Emmaste_vallavalitsus, lk 5
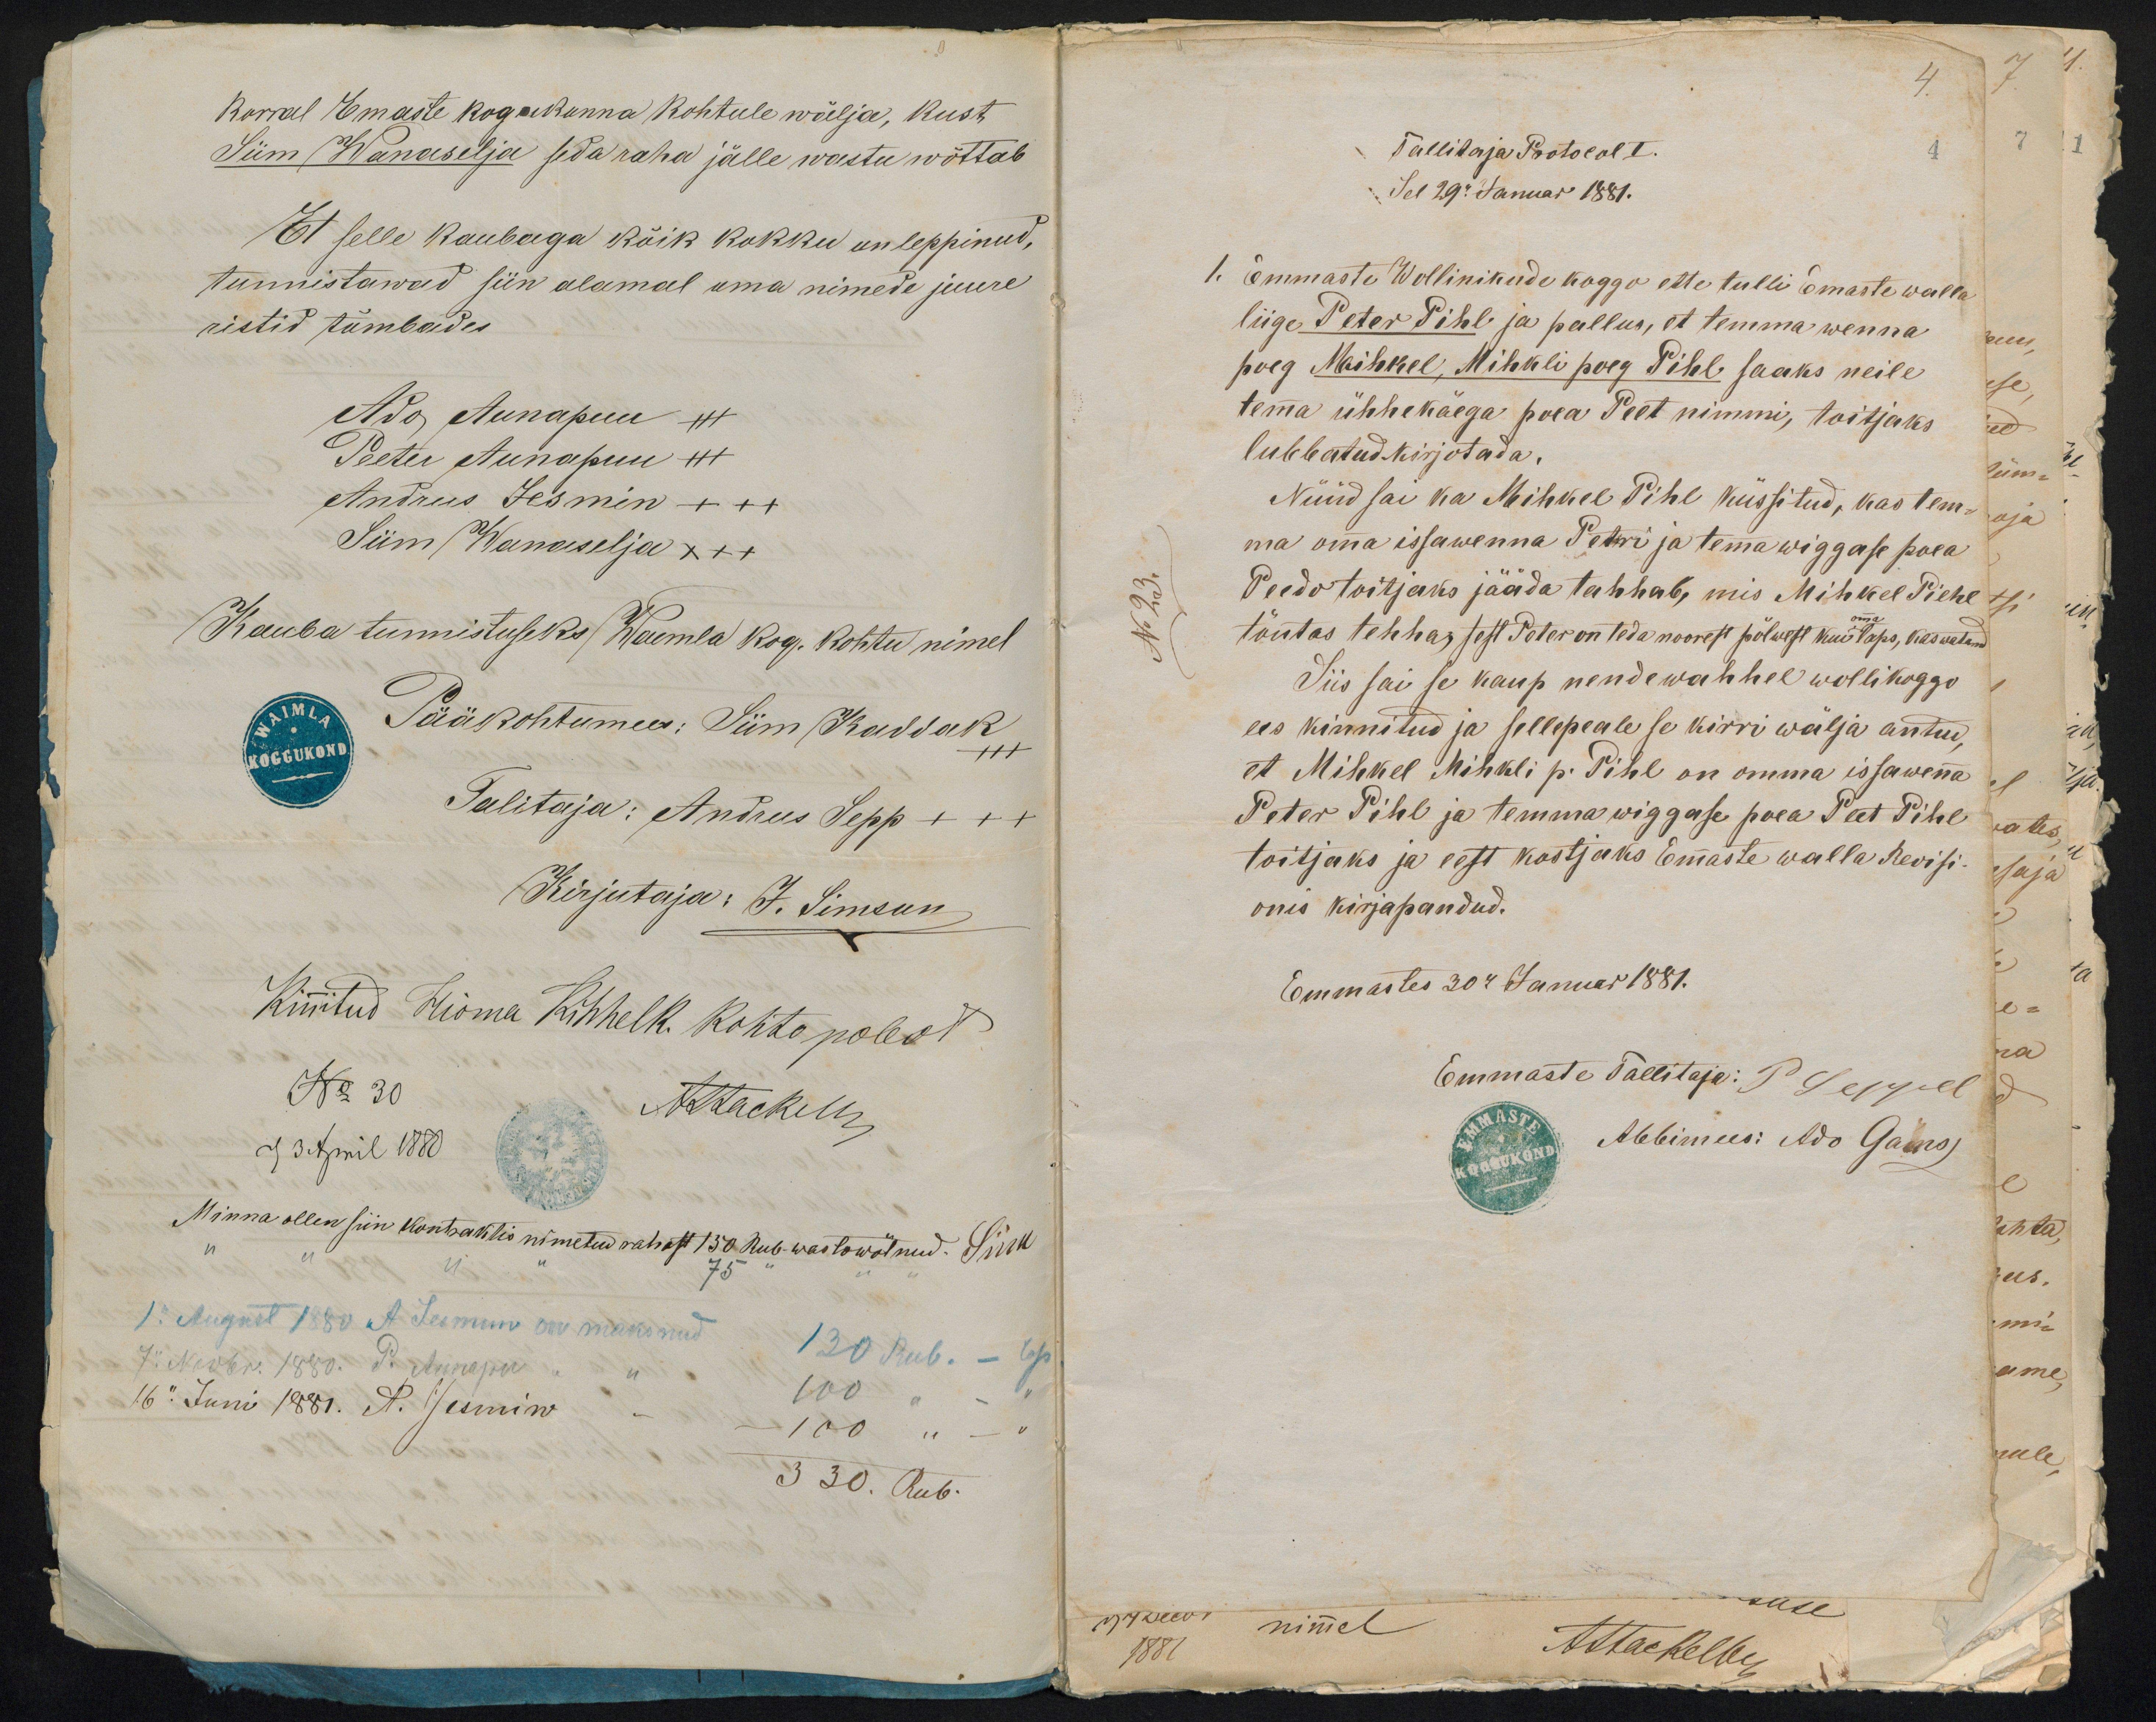
Korral Emaste kogukonna kohtule wälja, kust
Siim Wanaseleja seda raha jälle wastu wõttab
Et selle kaubaga kõik kokku on leppinud,
tunnistawad siin alamal oma nimede juure
ristid tümbades
Ado Aunapuu +++
Peeter Aunapuu +++
Andrus Jesmin +++
Siim Wanaselja XXX
Kauba tunnistuseks Waemla kog. kohtu nimel
Pääkohtumees: Siim Kaddak
+++
Talitaja: Andrus Sepp +++
Kirjutaja: J. Simsun
Kinitud Hioma Kihhelk. Kohto polest
No 30
Akkackelis
2) 3 April 1880
Minna ollen siin kontraktis nimetud rahast 150 Rub. wastowõtnud. Siim
1. August 1880 A. Leemun on maksnud
7. Nowbr. 1880. P. Aunapu
130 Rub. - 6p.
16. Juni 1881. A. Jesmiw
100
100 " - "
330. Rub.

4.
Tallitaja Protocol I.
Sel 29. Januar 1881.
1. Emmaste Wollinikude koggo ette tulli Emaste walla
liige Peter Pihl ja pallus, et temma wenna
poeg Maihkel, Mihkli poeg Pihl saaks neile
temma ühhe käega poea Peet nimmi, toitjaks
lubbatud kirjotada.
Nüüd sai ka Mihkel Pihl küssitud, kas tem-
ma omma issawenna Petri ja temma wiggase poea
Peedo toitjaks jääda tahhab, mis Mihkel Piehl
omma
tõutas tehha, sest Peter on teda noorest põlwest kui laps, kaswatand
Siis sai se kaup nende wahhel wollikoggo
ees kinnitud ja sellepeale se kirri wälja antud,
et Mihkel Mihkli p. Pihl on omma issawenna
Peter Pihl ja temma wiggase poea Peet Pihl
toitjaks ja eest kostjaks Emmaste walla Revisi-
onis kirjapandud.
Emmastes 30. Januar 1881.
Emmaste Tallitaja: P. Seppel
Abbimees: Ado Gans